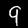
Label: 9